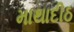
માથાદીઠ